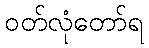
ဝတ်လုံတော်ရ